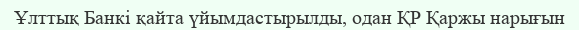
Ұлттық Банкі қайта үйымдастырылды, одан ҚР Қаржы нарығын